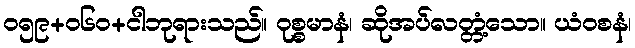
ဝ၅၉+၀၆ဝ+ငါဘုရားသည်။ ဝုစ္စမာနံ၊ ဆိုအပ်လတ္တံ့သော။ ယံဝစနံ၊